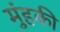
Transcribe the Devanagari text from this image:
मुंहकी